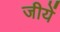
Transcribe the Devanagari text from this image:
जीयें